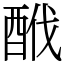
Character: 䣹